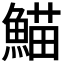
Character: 𮬂